Jaan_Tonisson_(Lasteleht), lk 426
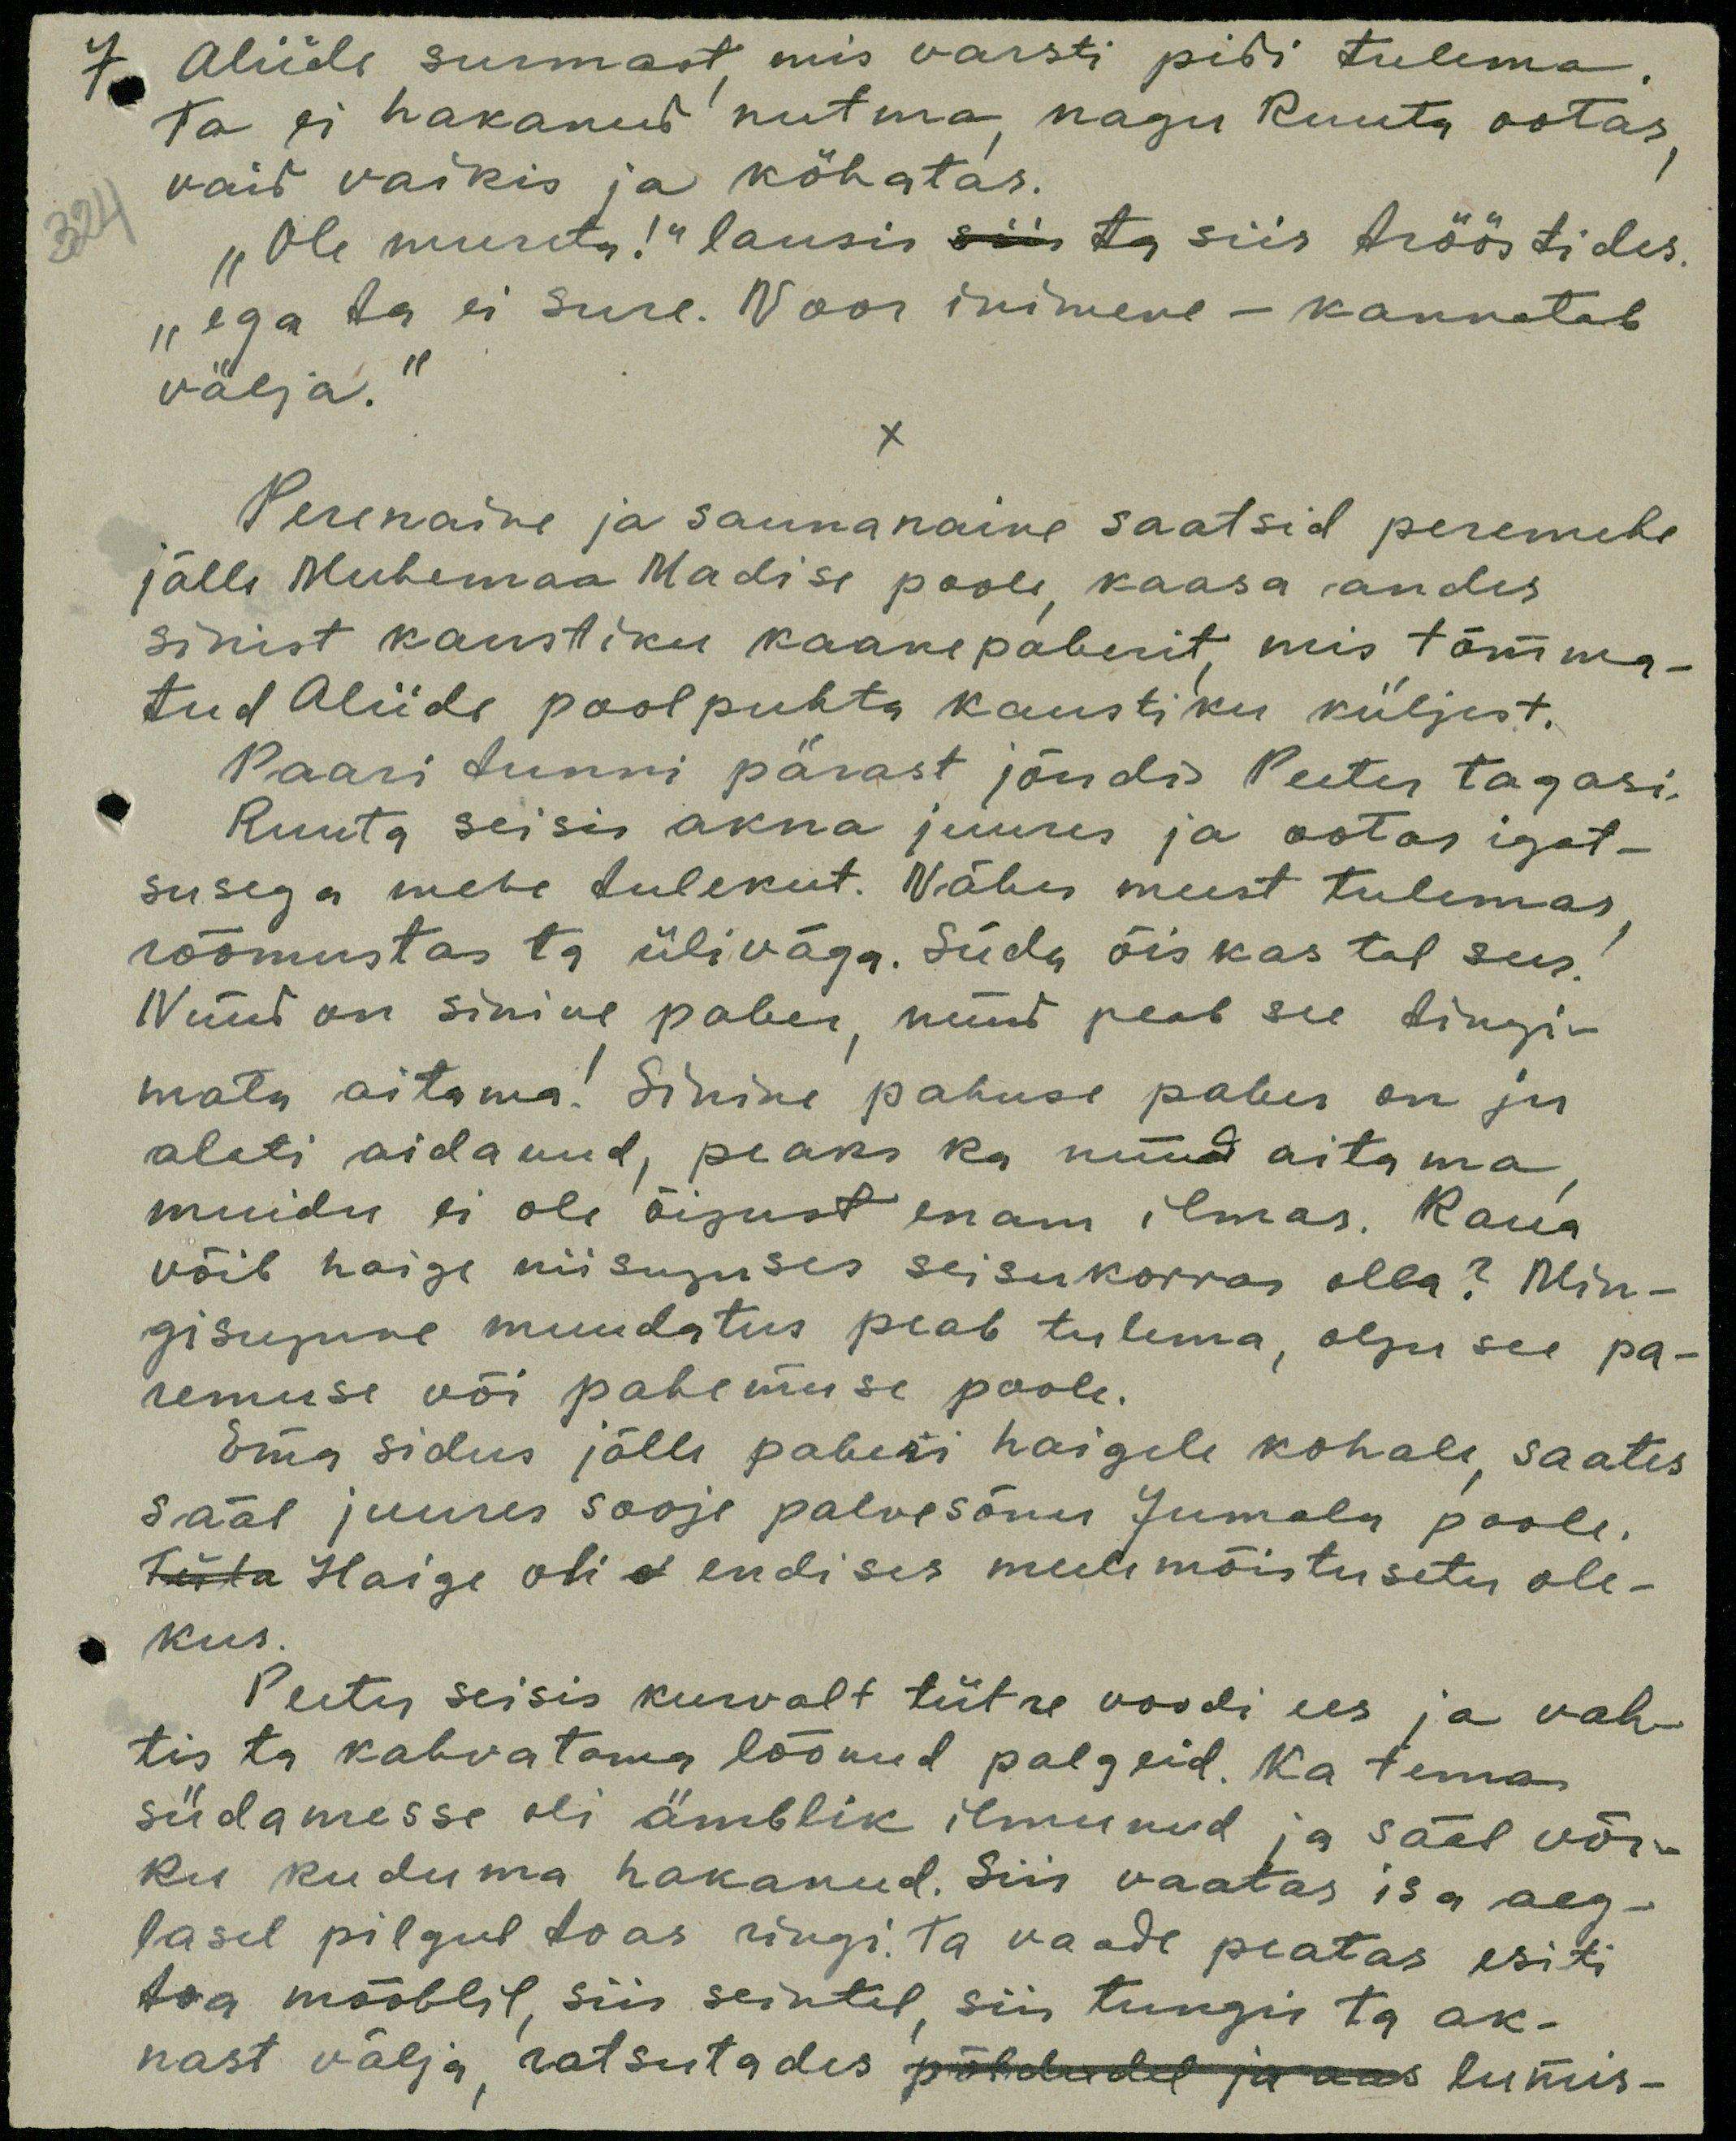
7. Aliide surmast, mis varsti pidi tulema
Ta ei hakanud nutma nagu Ruuta ootas,
vaid vaikis ja kõhatas.
324
"Ole mureta!" lausis siis ta siis trööstides.
"ega ta ei sure. Noor inimene - kannatab
välja."
X
Perenaine ja saunanaine saatsid peremehe
jälle Muhemaa Madise poole kaasa andis
sinist kaustiku kaanepaberit, mis tõmma-
tud Aliide poolpuhta kaustiku küljest.
Paari tunni pärast jõudis Peeter tagasi,
Ruuta seisis akna juures ja ootas igat-
susega mehe tulekut. Nähes meest tulemas
rõõmustas ta üliväga. Süda õiskas tal sees.
Nüüd on sinine paber, nüüd peab see tingi-
mata aitama. Sinine pahuse paber on ju-
alati aidanud, peaks ka nüüd aitama
muidu ei ole õigust enam ilmas. Kaua
võib haige niisuguses seisukorras olla? Min-
gisugune muudatus peab tulema, olgu see pa-
remuse või pahemuse poole.
Ema sidus jälle paberi haigele kohale saates
sääl juures sooje palvesõnu Jumala poole.
Tüta Haige olid endises meelemõistusetu ole-
kus.
Peeter seisis kurvalt tütre voodi ees ja vah-
tis ta kahvatama löönud palgeid. Ka tema
südamesse oli ämblik ilmunud ja sääl võr-
ku kuduma hakanud. Siis vaatas isa aeg-
lasel pilgul toas ringi ta vaade peatas esiti
toa mööblil, siis seintel,siis tungis ta ak-
nast välja, ratsutades põldudel ja aas lumis-